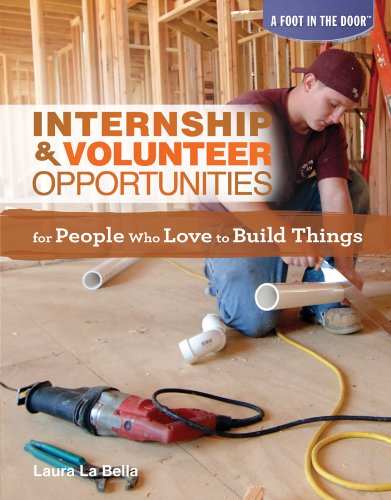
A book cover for Internship & Volunteer Opportunities for People Who Love to Build Things (Foot in the Door (Rosen)); Laura La Bella; Teen & Young Adult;